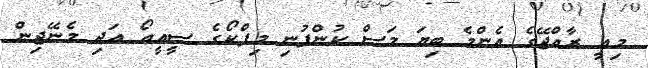
މިއީ ރާއްޖޭގެ އެންމެ ބިޔަ މަސް ކުންފުނި މިފްކޯގެ ސީއީއޯ އަދި މެނޭޖިން